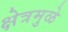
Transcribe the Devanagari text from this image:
क्षेत्रमुळे